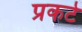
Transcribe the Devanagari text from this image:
प्रकटे